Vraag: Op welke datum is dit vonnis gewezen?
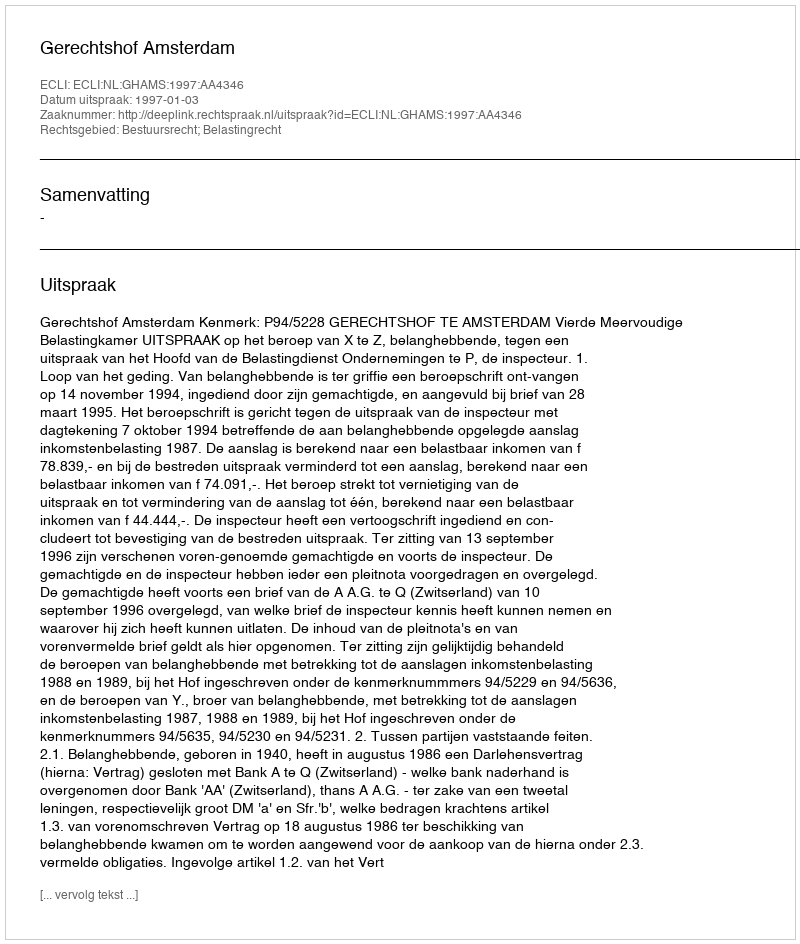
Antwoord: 1997-01-03